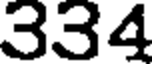
334